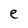
Character: e